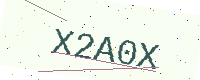
Text: X2A0X